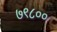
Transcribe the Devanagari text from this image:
७९८००